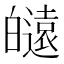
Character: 𤾮